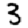
Digit: 3